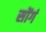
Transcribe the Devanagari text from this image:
सोंगं